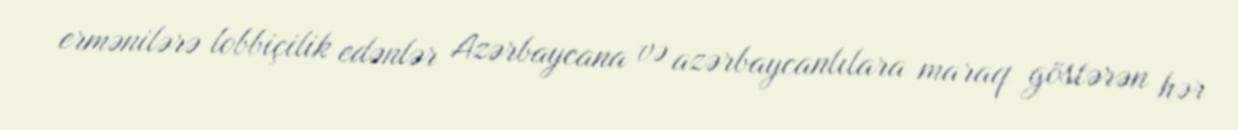
ermənilərə lobbiçilik edənlər Azərbaycana və azərbaycanlılara maraq göstərən hər